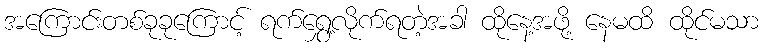
အကြောင်းတစ်ခုခုကြောင့် ရက်ရွှေ့လိုက်ရတဲ့အခါ ထိုနေ့အဖို့ နေမထိ ထိုင်မသာ